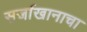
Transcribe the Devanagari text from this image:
सर्जाखानाचा